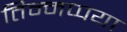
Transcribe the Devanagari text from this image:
तिम्मप्पया